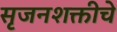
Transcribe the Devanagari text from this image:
सृजनशक्तीचे